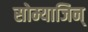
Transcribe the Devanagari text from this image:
सोम्याजिन्